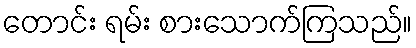
တောင်း ရမ်း စားသောက်ကြသည်။